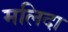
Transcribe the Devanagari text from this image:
मलिदा